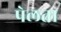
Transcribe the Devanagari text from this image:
पेलता